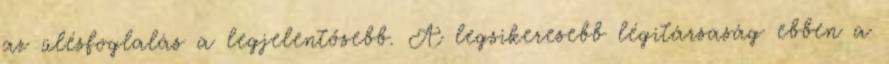
az ülésfoglalás a legjelentősebb. A legsikeresebb légitársaság ebben a